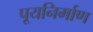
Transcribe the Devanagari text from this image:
पूयनिर्माण